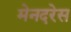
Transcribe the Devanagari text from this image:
मेनदरेस